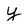
Character: y